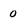
Character: 0